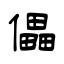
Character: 儡